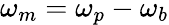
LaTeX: \omega_{m}=\omega_{p}-\omega_{b}